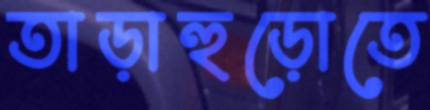
তাড়াহুড়োতে